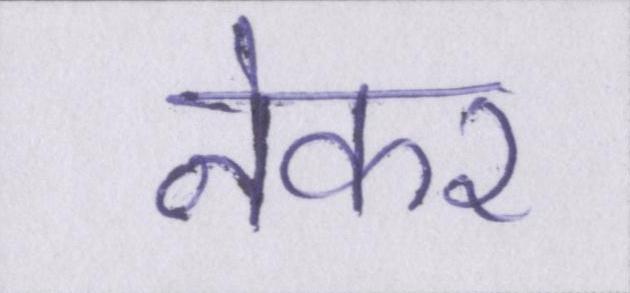
नेकर